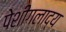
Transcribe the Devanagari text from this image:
पेशीगलाद्य